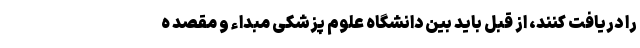
را دریافت کنند، از قبل باید بین دانشگاه علوم پزشکی مبداء و مقصد ه